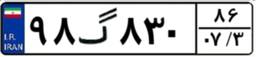
۶۸گ۳۷۲۵۲